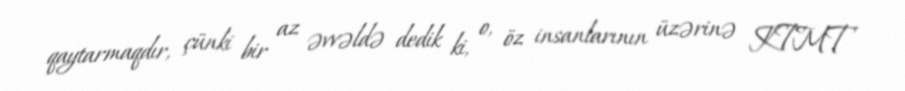
qaytarmaqdır, çünki bir az əvvəldə dedik ki, o, öz insanlarının üzərinə KTMT